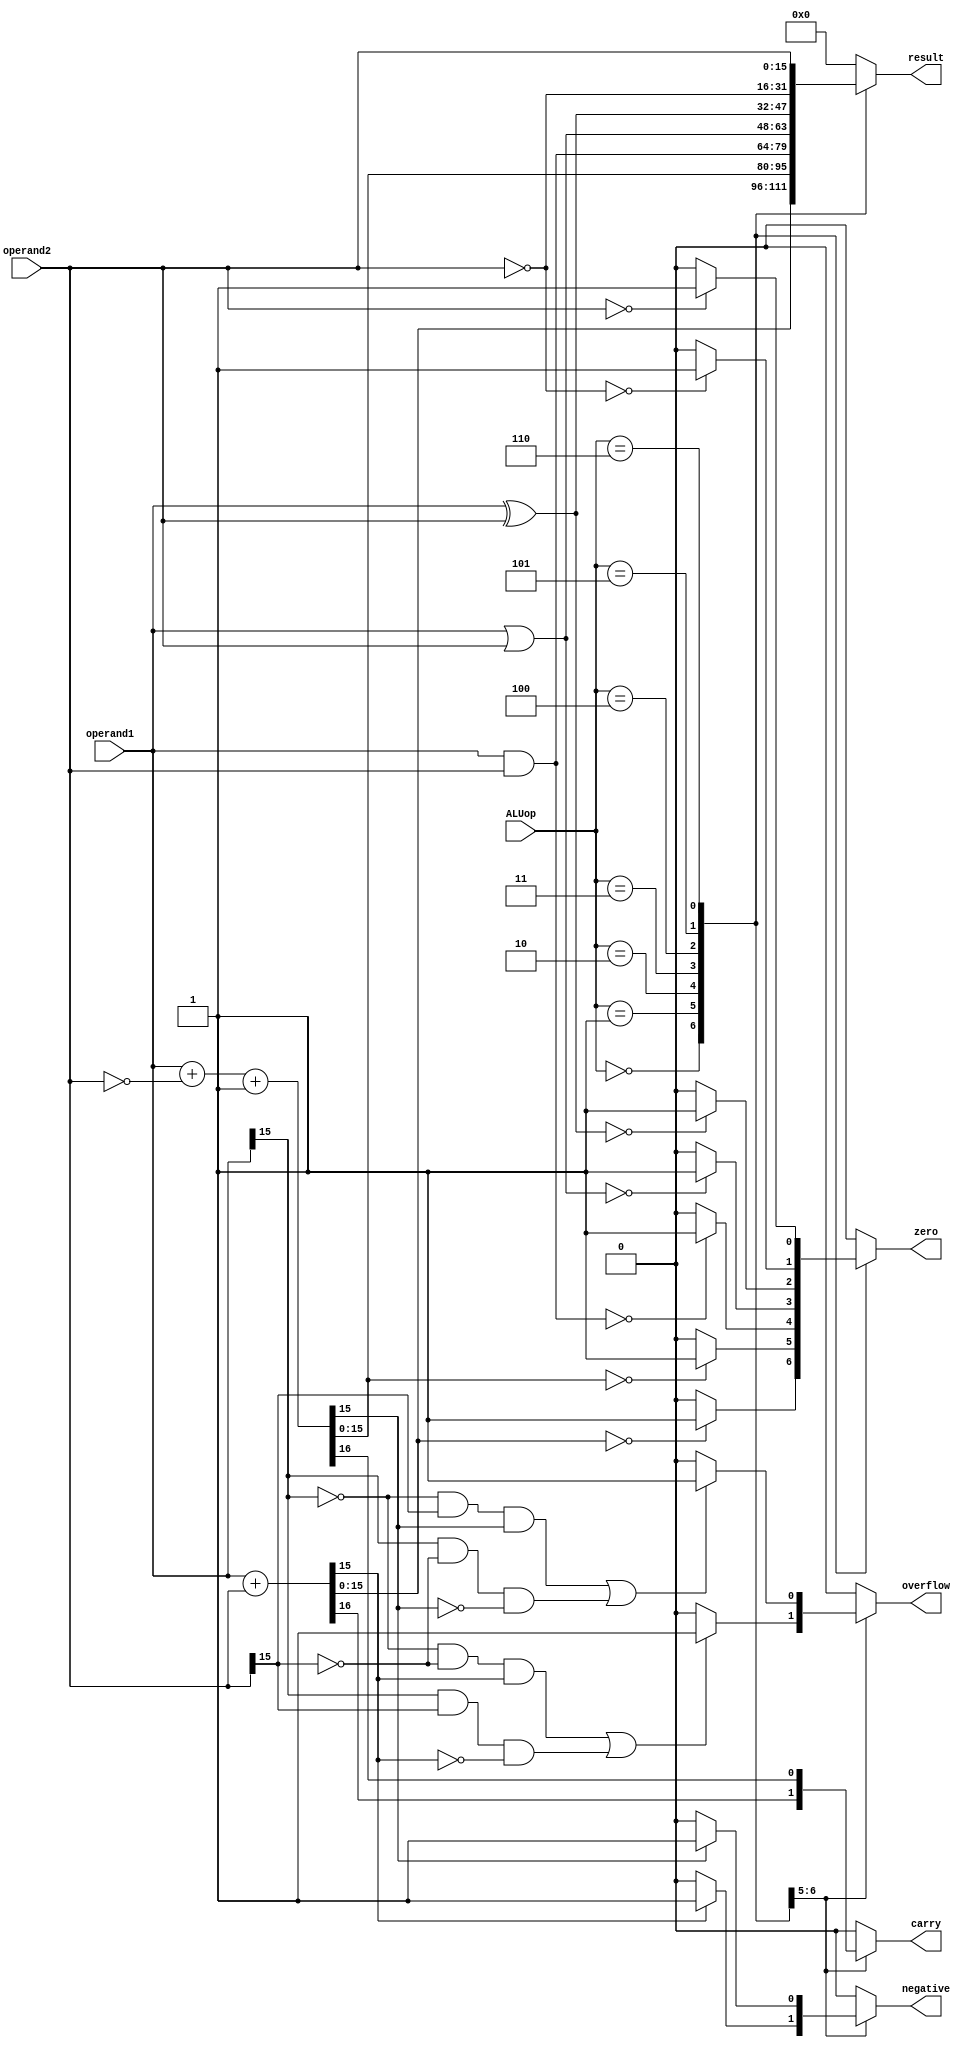
`timescale 1ns / 1ps
//////////////////////////////////////////////////////////////////////////////////
// Company: 
// Engineer: 
// 
// Design Name: 
// Module Name: ALU
// Project Name: 
// Target Devices: 
// Tool Versions: 
// Description: 
// 
// Dependencies: 
// 
// Revision:
// Revision 0.01 - File Created
// Additional Comments:
// 
//////////////////////////////////////////////////////////////////////////////////


module ALU #(parameter width = 16)(
           input [width-1:0] operand1,
           input [width-1:0] operand2,
           input [2:0] ALUop,
           output reg [width-1:0] result,
           output reg carry,
           output reg overflow,
           output reg negative,
           output reg zero   //[carry(C),overflow(V),negative(N),zero(Z)]
           );
           
    
    reg [width:0] temp_result;
    
 //   parameter [2:0] ADD = 3'b000;
 //   parameter [2:0] SUB = 3'b001;
 //   parameter [2:0] AND = 3'b010;
 //   parameter [2:0] OR  = 3'b011;
 //   parameter [2:0] XOR = 3'b100;
 //   parameter [2:0] NOT = 3'b101;
 //   parameter [2:0] same = 3'b110;
    
    always @(*)
     begin
      carry = 1'b0;
      overflow = 1'b0;
      negative = 1'b0;
      zero = 1'b0;
      temp_result = 17'b0;
      result = 16'b0;
      
      case(ALUop)
       3'b000: begin                //addition 
              temp_result = operand1 + operand2;
              result = temp_result[width-1:0];
              carry = temp_result[width];
              if((operand1[width-1]==0 && operand2[width-1]==0 && temp_result[width-1]==1) || (operand1[width-1]==1 && operand2[width-1]==1 && temp_result[width-1]==0)) 
               begin                      //in case of 2's complement signed addition
                overflow = 1'b1;
               end
              if(temp_result[width-1]==1)
               begin
                negative = 1'b1;
               end
              if(result==0)
               begin
                zero = 1'b1;
               end
            end
            
       3'b001: begin               //subtraction
             temp_result = operand1 + (~operand2) + 1'b1;
             result = temp_result[width-1:0];
             carry = temp_result[width];
             if((operand1[width-1]==0 && operand2[width-1]==1 && temp_result[width-1]==1) || (operand1[width-1]==1 && operand2[width-1]==0 && temp_result[width-1]==0)) 
              begin                      //in case of 2's complement signed addition
               overflow = 1'b1;
              end
             if(temp_result[width-1]==1)
              begin
               negative = 1'b1;
              end
            if(result==0)
             begin
              zero = 1'b1;
             end
           end         
            
       3'b010: begin         //AND
             result = operand1 & operand2;   
             if(result==0)
              begin
               zero = 1'b1;
              end  
            end  

       3'b011: begin         //ORR
             result = operand1 | operand2;   
             if(result==0)
              begin
               zero = 1'b1;
              end                   
            end            
      
       3'b100: begin          //XOR
              result = operand1 ^ operand2;  
             if(result==0)
               begin
                zero = 1'b1;
               end                     
             end
       
       3'b101: begin         //NOT
               result = ~operand2;         
             if(result==0)
                begin
                 zero = 1'b1;
                end               
              end    

       3'b110: begin        //SAME
               result = operand2;
              if(result==0)
               begin
                zero = 1'b1;
               end
              end        
                            
      endcase
     end 
     
 // assign flags = {carry,overflow,negative,zero};
    
endmodule